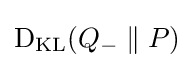
\operatorname {D} _{\text{KL}}(Q_{-}\parallel P)